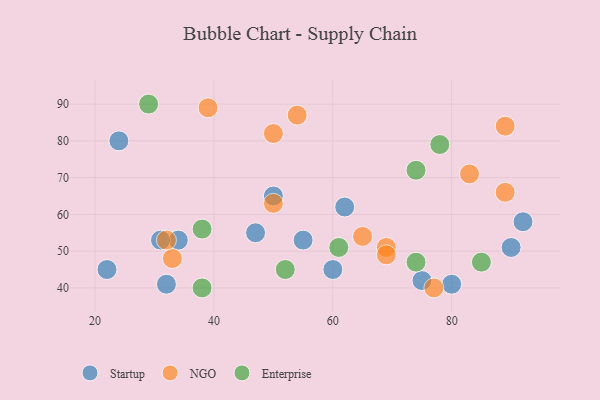
{"axis": {"x": "GDP", "y": "Life Expectancy"}, "legend": ["Enterprise", "NGO", "Startup"], "data": [{"x": "55", "y": 53, "type": "Startup"}, {"x": "34", "y": 53, "type": "Startup"}, {"x": "47", "y": 55, "type": "Startup"}, {"x": "75", "y": 42, "type": "Startup"}, {"x": "50", "y": 65, "type": "Startup"}, {"x": "90", "y": 51, "type": "Startup"}, {"x": "32", "y": 41, "type": "Startup"}, {"x": "31", "y": 53, "type": "Startup"}, {"x": "80", "y": 41, "type": "Startup"}, {"x": "92", "y": 58, "type": "Startup"}, {"x": "60", "y": 45, "type": "Startup"}, {"x": "24", "y": 80, "type": "Startup"}, {"x": "62", "y": 62, "type": "Startup"}, {"x": "22", "y": 45, "type": "Startup"}, {"x": "39", "y": 89, "type": "NGO"}, {"x": "33", "y": 48, "type": "NGO"}, {"x": "65", "y": 54, "type": "NGO"}, {"x": "32", "y": 53, "type": "NGO"}, {"x": "69", "y": 51, "type": "NGO"}, {"x": "50", "y": 63, "type": "NGO"}, {"x": "89", "y": 84, "type": "NGO"}, {"x": "77", "y": 40, "type": "NGO"}, {"x": "54", "y": 87, "type": "NGO"}, {"x": "83", "y": 71, "type": "NGO"}, {"x": "89", "y": 66, "type": "NGO"}, {"x": "50", "y": 82, "type": "NGO"}, {"x": "69", "y": 49, "type": "NGO"}, {"x": "74", "y": 47, "type": "Enterprise"}, {"x": "38", "y": 40, "type": "Enterprise"}, {"x": "38", "y": 56, "type": "Enterprise"}, {"x": "61", "y": 51, "type": "Enterprise"}, {"x": "85", "y": 47, "type": "Enterprise"}, {"x": "52", "y": 45, "type": "Enterprise"}, {"x": "74", "y": 72, "type": "Enterprise"}, {"x": "78", "y": 79, "type": "Enterprise"}, {"x": "29", "y": 90, "type": "Enterprise"}]}